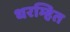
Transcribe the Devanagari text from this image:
धरम्हित